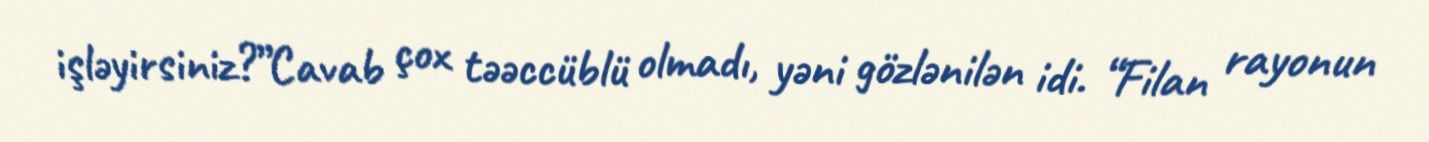
işləyirsiniz?”Cavab çox təəccüblü olmadı, yəni gözlənilən idi. “Filan rayonun